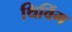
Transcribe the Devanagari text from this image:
थिविंग